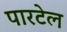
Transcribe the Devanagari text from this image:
पारटेल